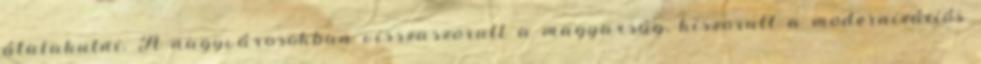
átalakulni. A nagyvárosokban visszaszorult a magyarság, kiszorult a modernizációs